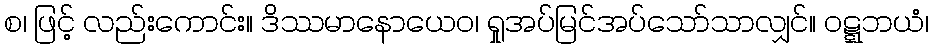
စ၊ ဖြင့် လည်းကောင်း။ ဒိဿမာနောယေဝ၊ ရှုအပ်မြင်အပ်သော်သာလျှင်။ ဝဋ္ဋဘယံ၊